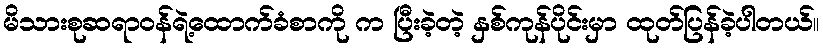
မိသားစုဆရာဝန်ရဲ့ထောက်ခံစာကို က ပြီးခဲ့တဲ့ နှစ်ကုန်ပိုင်းမှာ ထုတ်ပြန်ခဲ့ပါတယ်။